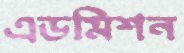
এডমিশন